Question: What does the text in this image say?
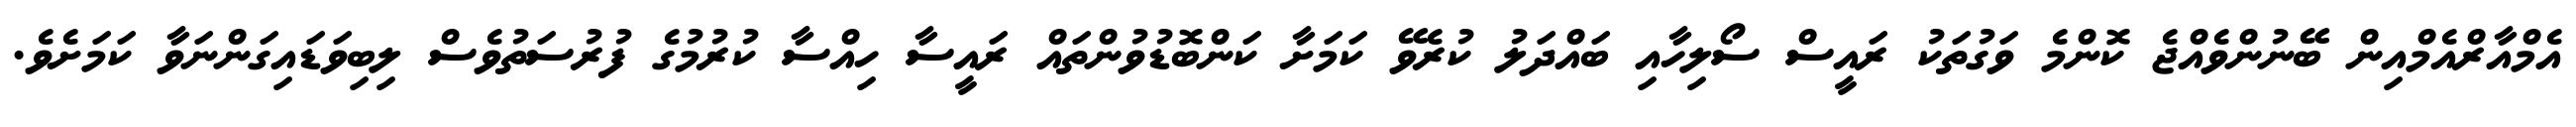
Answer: އެމްއާރްއެމްއިން ބޭނުންވެއްޖެ ކޮންމެ ވަގުތަކު ރައީސް ސޯލިހާއި ބައްދަލު ކުރެވޭ ކަމަށާ ކަންބޮޑުވުންތައް ރައީސާ ހިއްސާ ކުރުމުގެ ފުރުސަތުވެސް ލިބިވަޑައިގަންނަވާ ކަމަށެވެ.